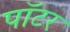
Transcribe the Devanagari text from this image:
पाॅटर